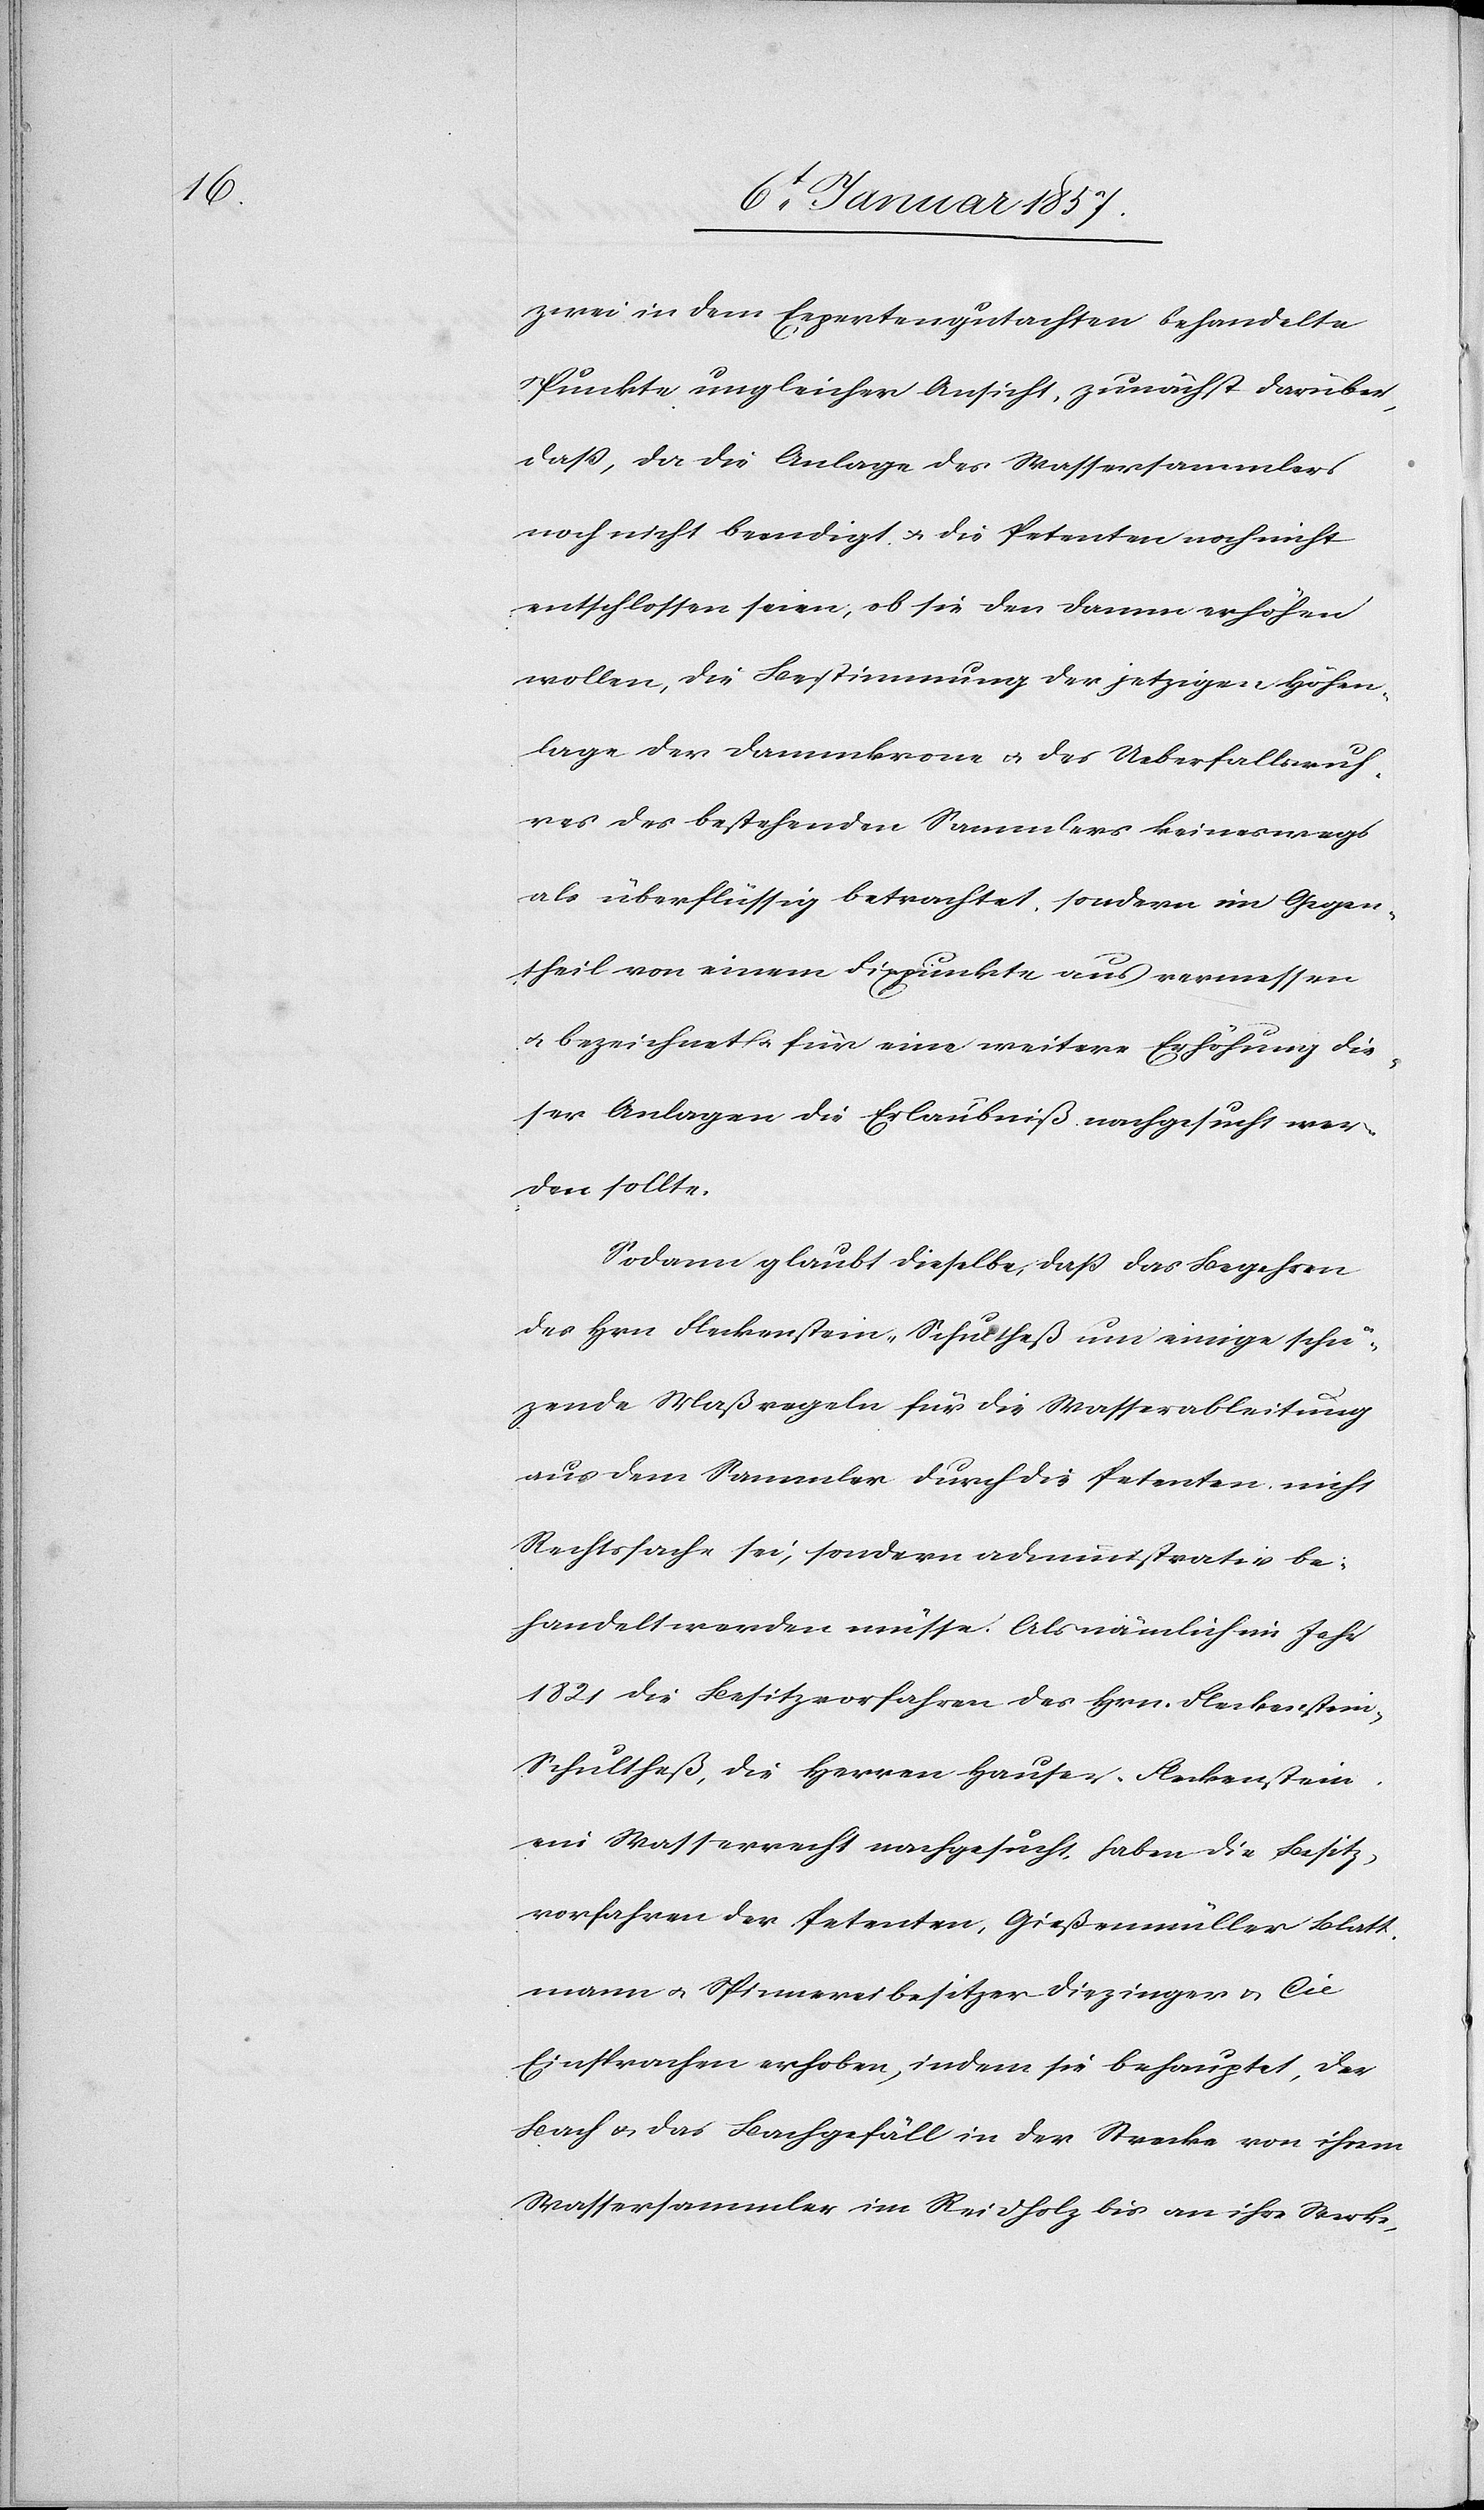
zwei in dem Expertengutachten behandelte
Punkte ungleicher Ansicht, zunächst darüber,
daß, da die Anlage des Wassersammlers
noch nicht beendigt u. die Petenten noch nicht
entschlossen seien, ob sie den Damm erhöhen
wollen, die Bestimmung der jetzigen Höhen¬
lage der Dammkrone u. des Ueberfallswuh¬
res des bestehenden Sammlers keineswegs
als überflüssig betrachtet, sondern im Gegen¬
theil von einem Fixpunkte aus vermessen
u. bezeichnet u. für eine weitere Erhöhung die¬
ser Anlagen die Erlaubniß nachgesucht wer¬
den sollte.
Sodann glaubt dieselbe, daß das Begehren
des Hrn Fleckenstein-Schultheß um einige schü¬
zende Maßregeln für die Wasserableitung
aus dem Sammler durch die Petenten nicht
Rechtssache sei, sondern administrativ be¬
handelt werden müsse. Als nämlich im Jahr
1821 die Besitzvorfahren des Hrn. Fleckenstein-S¬
chultheß, die Herren Hauser-Fleckenstein
ein Wasserrecht nachgesucht, haben die Besitz¬
vorfahren der Petenten, Gießenmüller Blatt¬
mann u. Spinnereibesitzer Diezinger & Cie
Einsprachen erhoben, indem sie behauptet, der
Bach u. das Bachgefäll in der Strecke von ihrem
Wassersammler in Reidholz bis an ihre Werke,